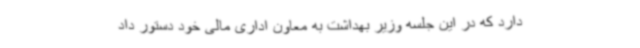
دارد که در این جلسه وزیر بهداشت به معاون اداری مالی خود دستور داد